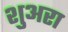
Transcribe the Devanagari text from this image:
शुअरा